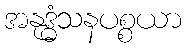
အနုဒ္ဓံသနပစ္စယာ